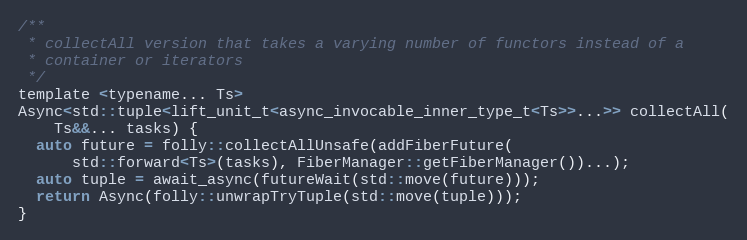
Language: C
/**
 * collectAll version that takes a varying number of functors instead of a
 * container or iterators
 */
template <typename... Ts>
Async<std::tuple<lift_unit_t<async_invocable_inner_type_t<Ts>>...>> collectAll(
    Ts&&... tasks) {
  auto future = folly::collectAllUnsafe(addFiberFuture(
      std::forward<Ts>(tasks), FiberManager::getFiberManager())...);
  auto tuple = await_async(futureWait(std::move(future)));
  return Async(folly::unwrapTryTuple(std::move(tuple)));
}